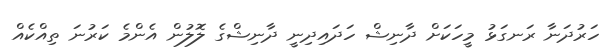
ހަރުދަނާ ރަނގަޅު މީހަކަށް ދާނިޝް ހަދައިދިނީ ދާނިޝްގެ ލޮލުން އެންމެ ކަރުނަ ތިއްކެއް